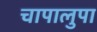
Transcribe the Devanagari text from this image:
चापालुपा